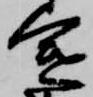
途